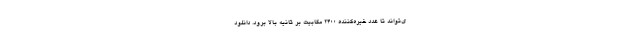
ی‌تواند تا عدد خیره‌کننده 2400 مگابیت بر ثانیه بالا برود. دانلود